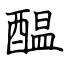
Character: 醖